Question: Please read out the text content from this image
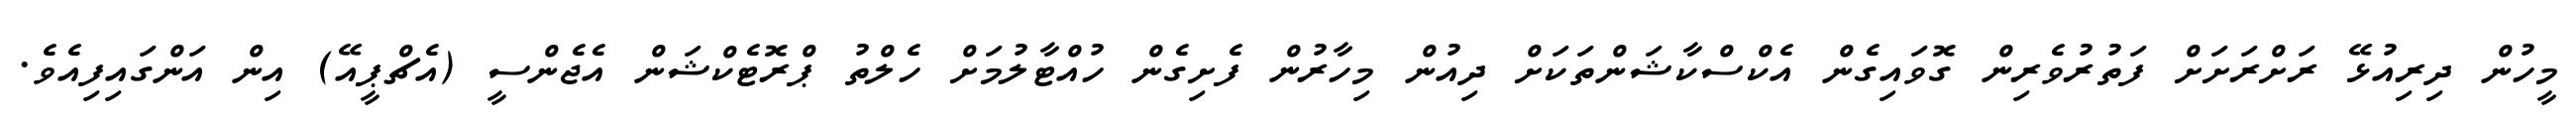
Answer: މީހުން ދިރިއުޅޭ ރަށްރަށަށް ފަތުރުވެރިން ގޮވައިގެން އެކްސްކާޝަންތަކަށް ދިއުން މިހާރުން ފެށިގެން ހުއްޓާލުމަށް ހެލްތު ޕްރޮޓެކްޝަން އެޖެންސީ (އެޗްޕީއޭ) އިން އަންގައިފިއެވެ.